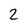
Character: 2